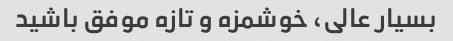
بسیار عالی، خوشمزه و تازه موفق باشید